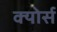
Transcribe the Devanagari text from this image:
क्योर्स